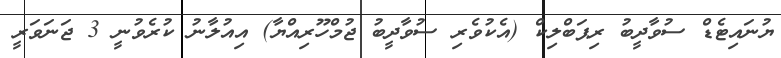
ޔުނައިޓެޑް ސުވާދީބު ރިޕަބްލިކް (އެކުވެރި ސުވާދީބު ޖުމްހޫރިއްޔާ) އިއުލާނު ކުރެވުނީ 3 ޖަނަވަރީ